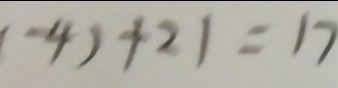
( - 4 ) + 2 1 = 1 7